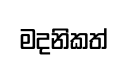
මදනිකත්